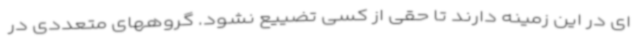
ای در این زمینه دارند تا حقی از کسی تضییع نشود. گروههای متعددی در